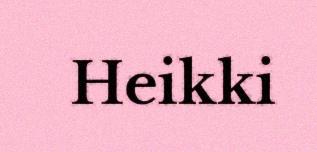
Heikki